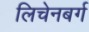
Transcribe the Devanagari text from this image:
लिचेनबर्ग